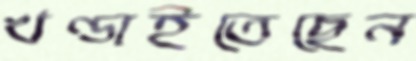
খণ্ডাইতেছেন